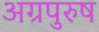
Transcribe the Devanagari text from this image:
अग्रपुरुष